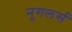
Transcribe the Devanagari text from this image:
नूगलर्स